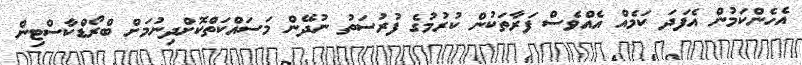
އެހެންކަމުން އެފަދަ ކަމެއް އެއްވެސް ފަރާތަކުން ކުރުމުގެ ފުރުސަތު ނުދޭން މަސައްކަތްކޮށްދިނުމަށް ބްރޯޑްކާސްޓިން